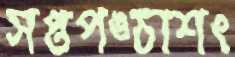
সপ্তপঙ্চাশৎ